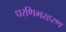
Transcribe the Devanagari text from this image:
धरणिभरहरण